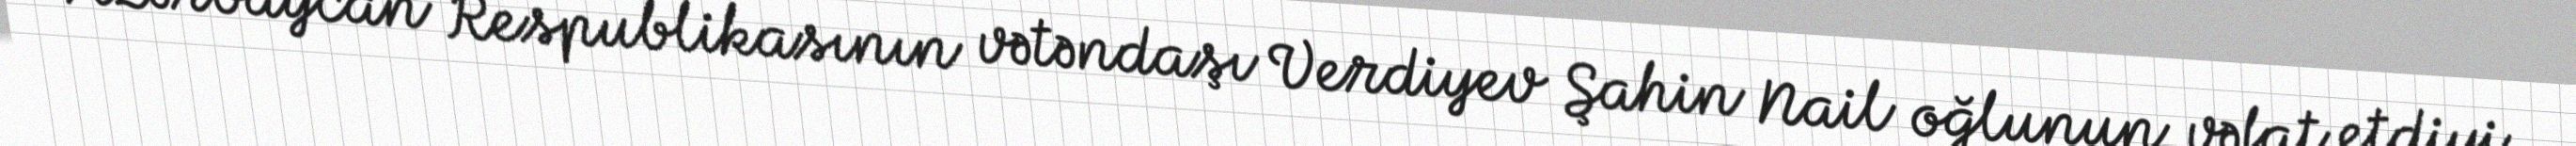
Azərbaycan Respublikasının vətəndaşı Verdiyev Şahin Nail oğlunun vəfat etdiyi